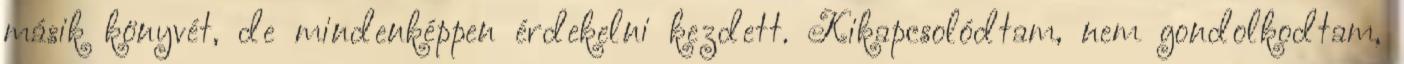
másik könyvét, de mindenképpen érdekelni kezdett. Kikapcsolódtam, nem gondolkodtam,